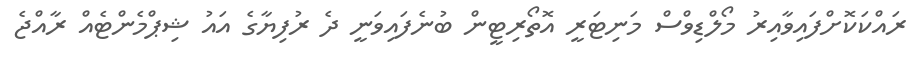
ރައްކަކޮށްފައިވާއިރު މޯލްޑިވްސް މަނިޓަރީ އޮތޯރިޓީން ބުނެފައިވަނީ ދެ ރުފިޔާގެ އައު ޝިޕްމެންޓެއް ރާއްޖެ